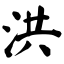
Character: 洪